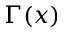
\Gamma ( x )